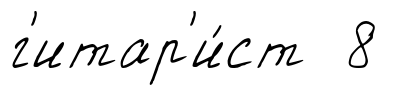
г'итар'и́ст 8